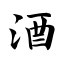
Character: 酒